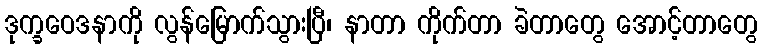
ဒုက္ခဝေဒနာကို လွန်မြောက်သွားပြီ၊ နာတာ ကိုက်တာ ခဲတာတွေ အောင့်တာတွေ